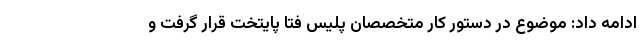
ادامه داد: موضوع در دستور کار متخصصان پلیس فتا پایتخت قرار گرفت و